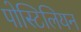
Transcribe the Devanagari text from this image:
पोस्टिलियन